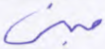
مبنى